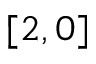
[ 2 , 0 ]